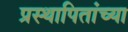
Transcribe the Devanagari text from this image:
प्रस्थापितांच्या